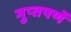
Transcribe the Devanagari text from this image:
गुप्‍तपणें